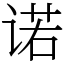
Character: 诺